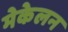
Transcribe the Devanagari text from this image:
मेकेलन